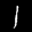
Label: 1